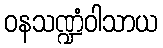
ဝနသဏ္ဍံဝါသာယ